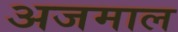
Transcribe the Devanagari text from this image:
अजमाल